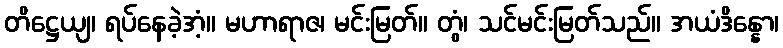
တိဋ္ဌေယျ၊ ရပ်နေခဲ့အံ့။ မဟာရာဇ၊ မင်းမြတ်။ တွံ၊ သင်မင်းမြတ်သည်။ အယံဒိန္နော၊